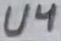
Text: U4